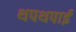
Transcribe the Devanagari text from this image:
थपथपाई